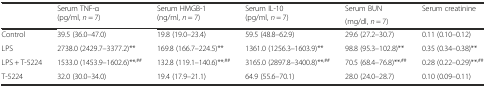
| <ROWSPAN=2>  | <ROWSPAN=2> Serum TNF-α(pg/ml, n = 7) | <ROWSPAN=2> Serum HMGB-1(ng/ml, n = 7) | <ROWSPAN=2> Serum IL-10(pg/ml, n = 7) | Serum BUN | Serum creatinine |
 | <COLSPAN=2> (mg/dl, n = 7) |
 | --- | --- | --- | --- | --- | --- |
 | Control | 39.5 (36.0–47.0) | 19.8 (19.0–23.4) | 59.5 (48.8–62.9) | 29.6 (27.2–30.7) | 0.11 (0.10–0.12) |
 | LPS | 2738.0 (2429.7–3377.2)** | 169.8 (166.7–224.5)** | 1361.0 (1256.3–1603.9)** | 98.8 (95.3–102.8)** | 0.35 (0.34–0.38)** |
 | LPS + T-5224 | 1533.0 (1453.9–1602.6)**,## | 132.8 (119.1–140.6)**,## | 3165.0 (2897.8–3400.8)**,## | 70.5 (68.4–76.8)**,## | 0.28 (0.22–0.29)**,## |
 | T-5224 | 32.0 (30.0–34.0) | 19.4 (17.9–21.1) | 64.9 (55.6–70.1) | 28.0 (24.0–28.7) | 0.10 (0.09–0.11) |